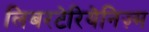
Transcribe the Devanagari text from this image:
लिबरटेरियेनिज़्म